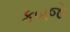
કબજો